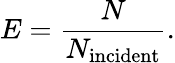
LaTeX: E=\frac{N}{N_{\mathrm{incident}}}.